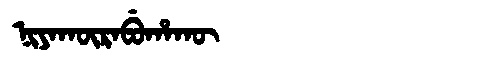
Manchu: ᠨᡳᠶᠠᡴᡡᡵᠠᠪᡠᡥᠠᡴᡡ
Romanization: NIYAKŪRABUHAKŪ